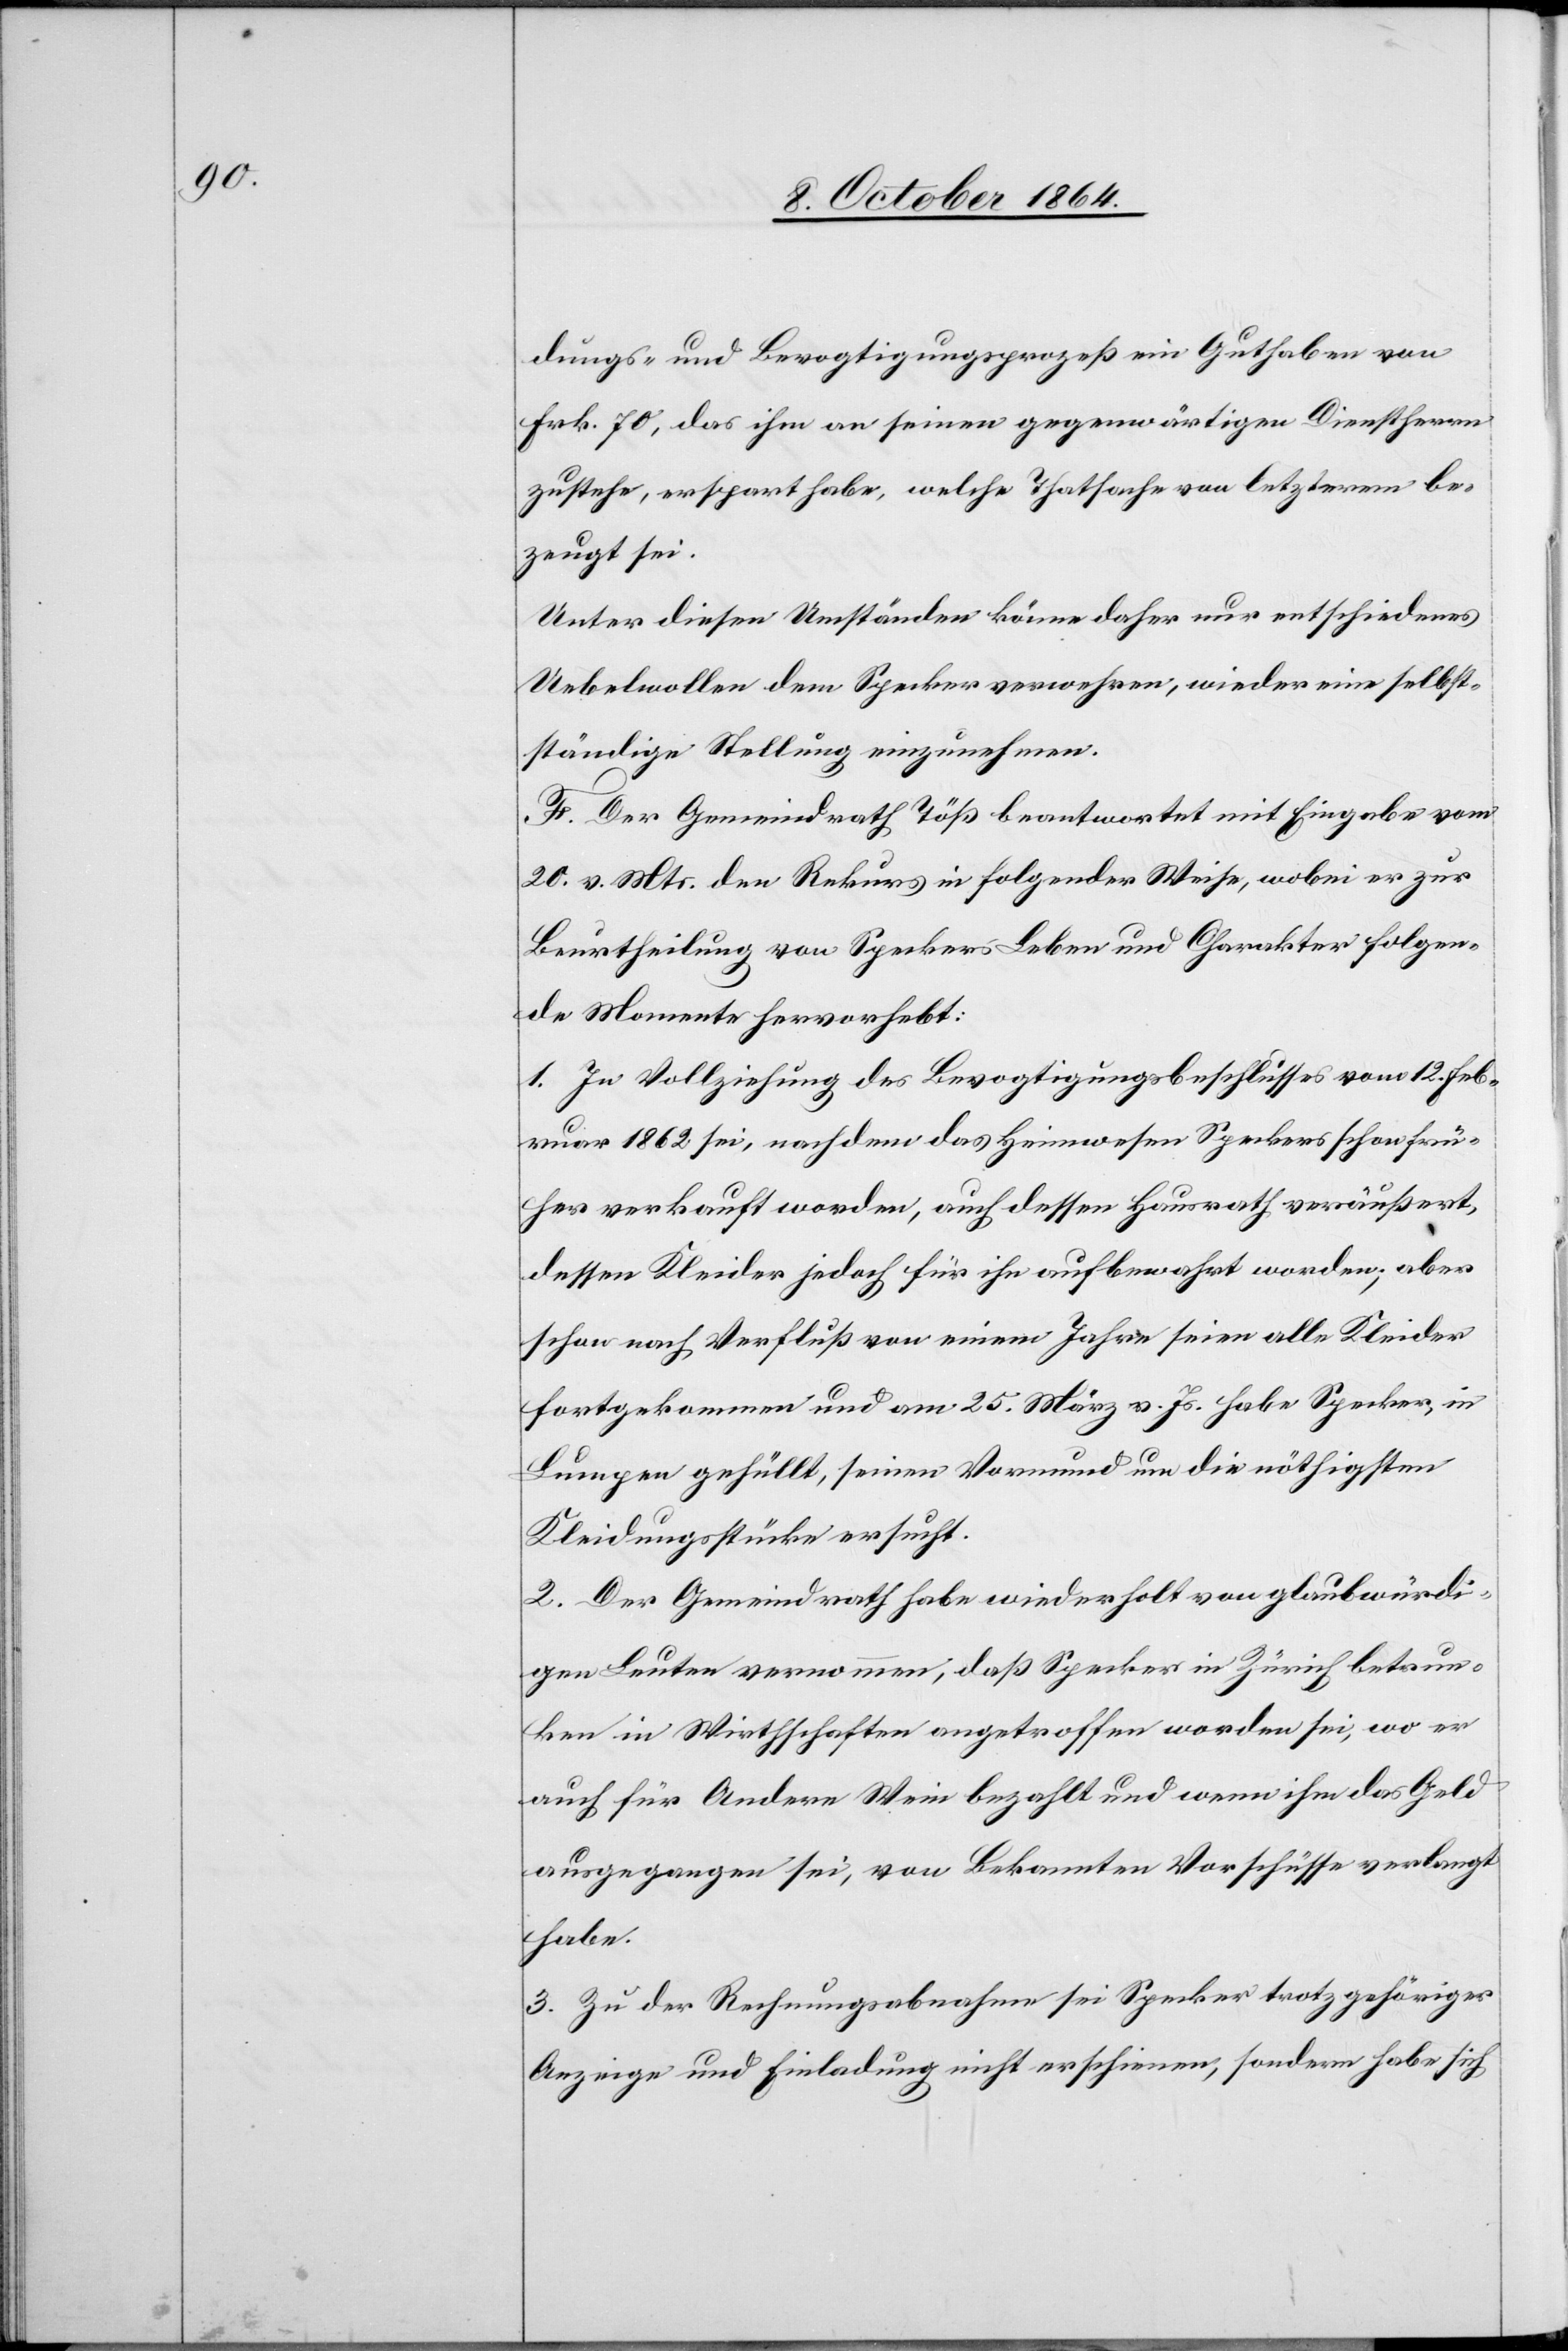
dungs- und Bevogtigungsprozeß ein Guthaben von
Frk. 70, das ihm an seinen gegenwärtigen Dienstherrn
bezeugt sei.
Unter diesen Umständen könne daher nur entschiedenes
Uebelwollen dem Specker verwehren, wieder eine selb¬
ständige Stellung einzunehmen.
F. Der Gemeindrath Töß beantwortet mit Eingabe vom
20. v. Mts. den Rekurs in folgender Weise, wobei er zur
Beurtheilung von Speckers Leben und Charakter folgen¬
de Momente hervorhebt:
1. In Vollziehung des Bevogtigungsbeschlusses vom 12. Feb¬
ruar 1862 sei, nachdem das Heimwesen Speckers schon frü¬
her verkauft worden, auch dessen Hausrath veräußert,
dessen Kleider jedoch für ihn aufbewahrt worden; aber
schon nach Verfluß von einem Jahre seinen alle Kleider
fortgekommen und am 25. März v. Js. habe Specker, in
Lumpen gehüllt, seinen Vormund um die nöthigen
Kleidungsstücke ersucht.
2. Der Gemeindrath habe wiederholt von glaubwürdi¬
gen Leuten vernommen, daß Specker in Zürich betrun¬
ken in Wirthschaften angetroffen worden sei, wo er
auch für Andere Wein bezahlt und wenn ihm das Geld
ausgegangen sei, von Bekannten Vorschüsse verlangt
habe.
3. Zu der Rechnungsabnahme sei Specker trotz gehöriger
Anzeige und Einladung nicht erschienen, sondern habe sich